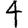
Digit: 4